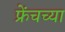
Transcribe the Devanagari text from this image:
फ्रेंचच्या